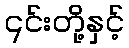
၎င်းတို့နှင့်